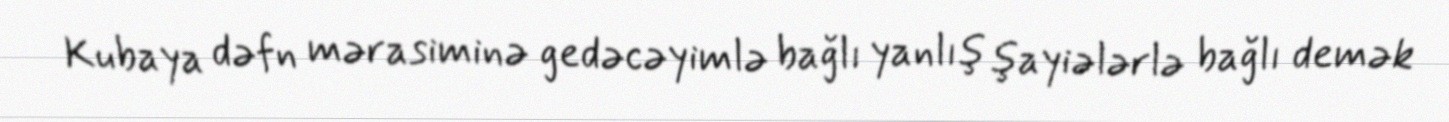
Kubaya dəfn mərasiminə gedəcəyimlə bağlı yanlış şayiələrlə bağlı demək